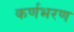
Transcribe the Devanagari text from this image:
कर्णभरण